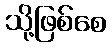
သို့ဖြစ်စေ